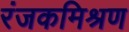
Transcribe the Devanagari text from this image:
रंजकमिश्रण